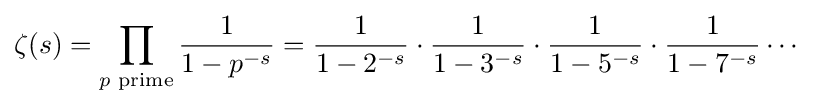
\zeta (s)=\prod _{p{\text{ prime}}}{\frac {1}{1-p^{-s}}}={\frac {1}{1-2^{-s}}}\cdot {\frac {1}{1-3^{-s}}}\cdot {\frac {1}{1-5^{-s}}}\cdot {\frac {1}{1-7^{-s}}}\cdots